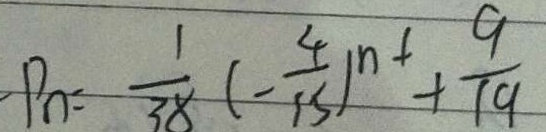
P _ { n } = \frac { 1 } { 3 8 } ( - \frac { 4 } { 1 5 } ) ^ { n - 1 } + \frac { 9 } { 1 9 }